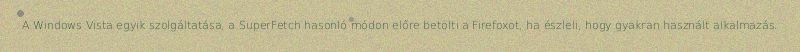
A Windows Vista egyik szolgáltatása, a SuperFetch hasonló módon előre betölti a Firefoxot, ha észleli, hogy gyakran használt alkalmazás.